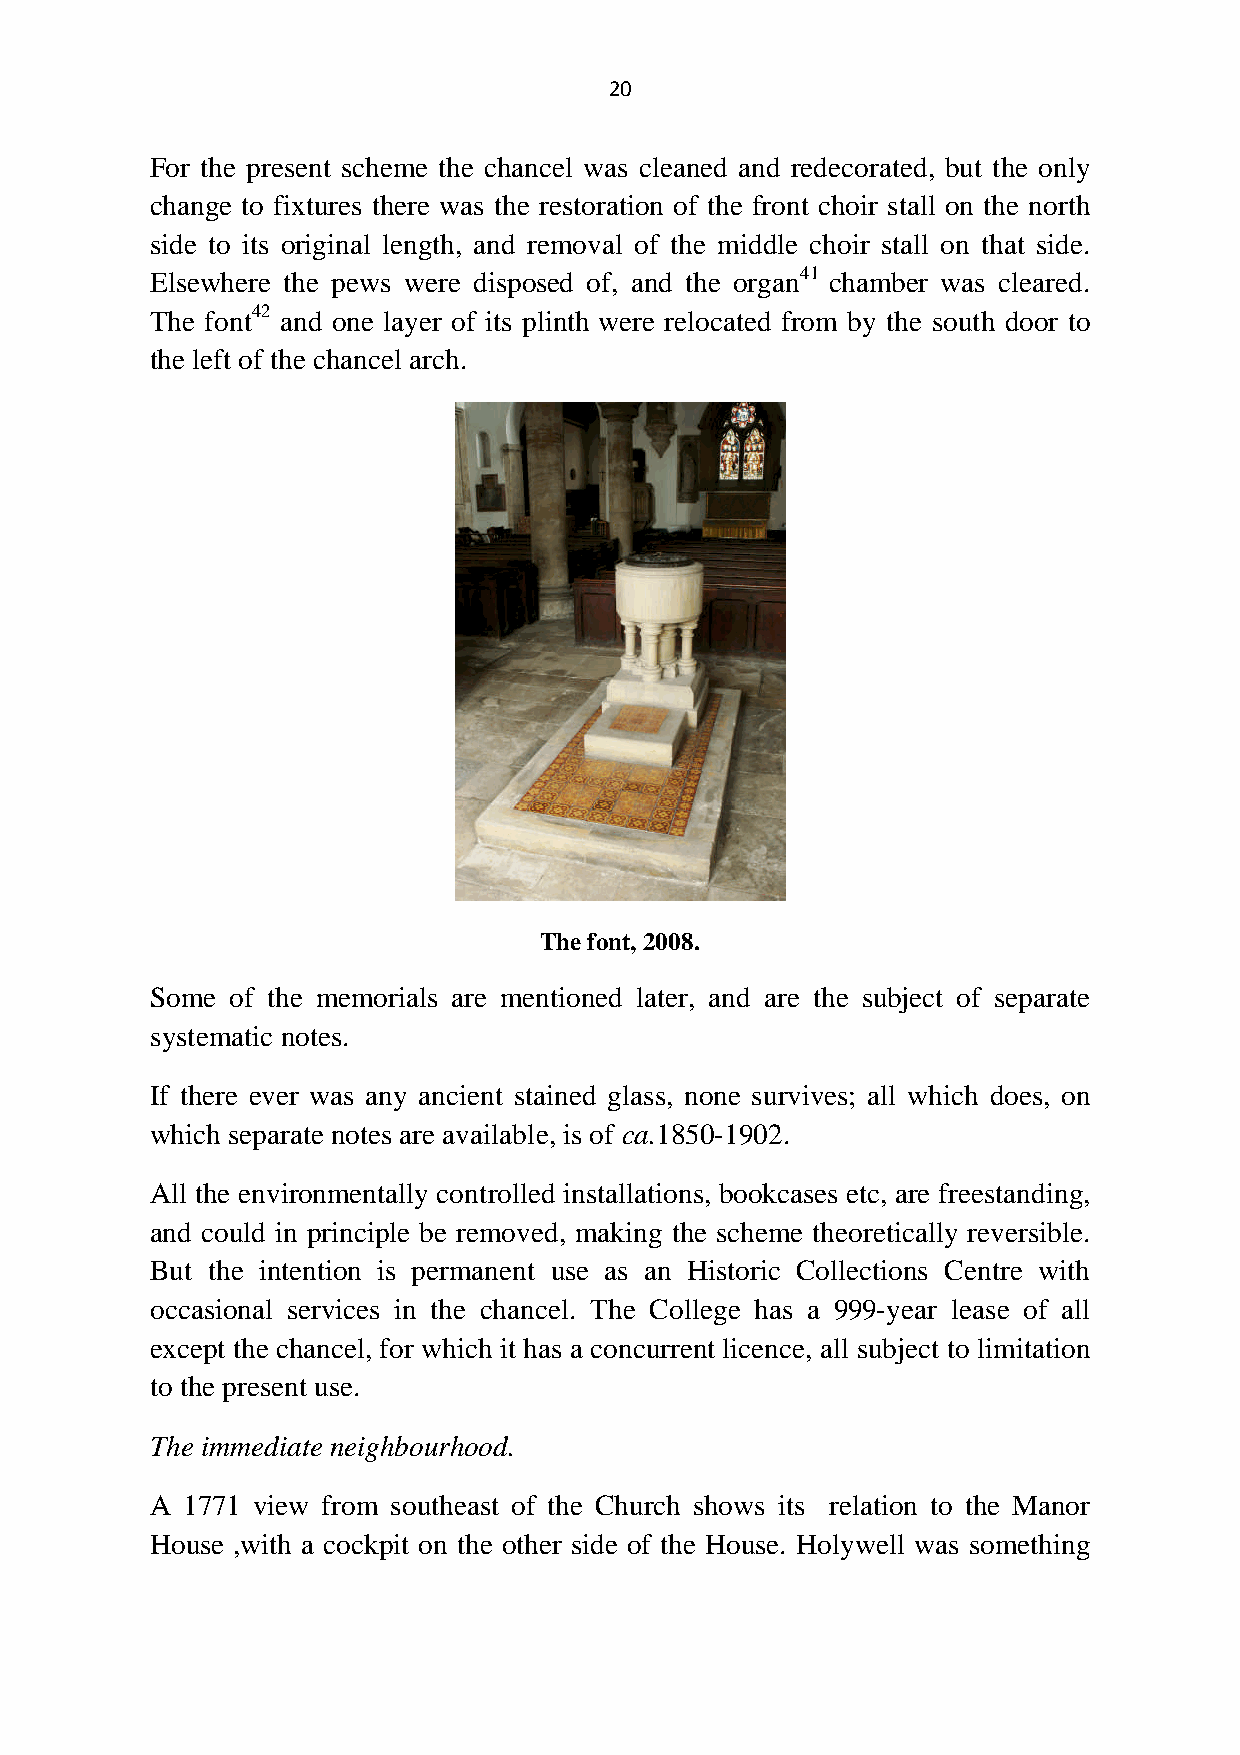
20
 For the present scheme the chancel was cleaned and redecorated, but the only
 change to fixtures there was the restoration of the front choir stall on the north
 side to its original length, and removal of the middle choir stall on that side.
 Elsewhere the pews were disposed of, and the organ41 chamber was cleared.
 The font42 and one layer of its plinth were relocated from by the south door to
 the left of the chancel arch.
 Thefont,2008.
 Some of the memorials are mentioned later, and are the subject of separate
 systematic notes.
 If there ever was any ancient stained glass, none survives; all which does, on
 which separate notes are available, is of ca.1850-1902.
 All the environmentally controlled installations, bookcases etc, are freestanding,
 and could in principle be removed, making the scheme theoretically reversible.
 But the intention is permanent use as an Historic Collections Centre with
 occasional services in the chancel. The College has a 999-year lease of all
 except the chancel, for which it has a concurrent licence, all subject to limitation
 to the present use.
 The immediate neighbourhood.
 A 1771 view from southeast of the Church shows its relation to the Manor
 House ,with a cockpit on the other side of the House. Holywell was something